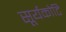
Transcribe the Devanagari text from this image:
सूर्यकोटि